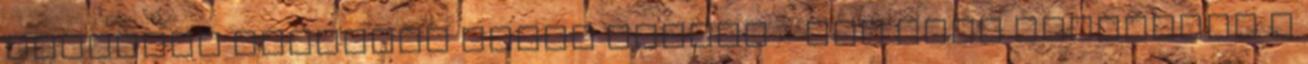
teljesen átlátszó ruhát húzott - Nem volt szívbajos a